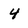
Character: 4